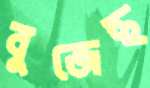
বুজেছ